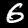
Digit: 6